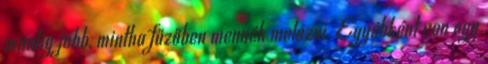
mindig jobb, mintha fűzőben mennék melózni. Egyébként van egy